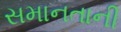
સમાનતાની